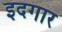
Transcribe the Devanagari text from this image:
इदगार